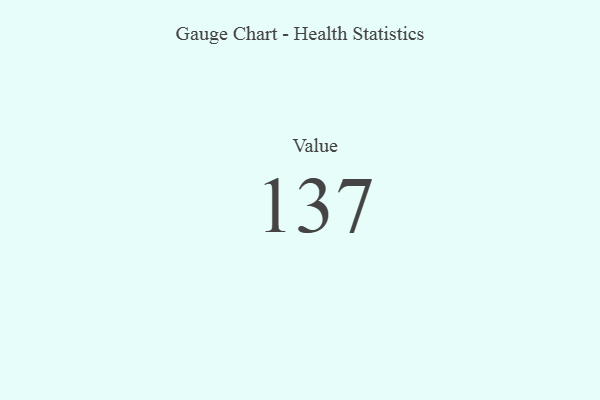
{"axis": {"x": "Metric", "y": "Value"}, "legend": [""], "data": [{"x": "Value", "y": 137, "type": ""}]}